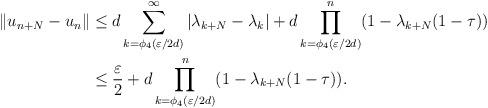
LaTeX: \begin{align*} \Vert u_{n+N}-u_n\Vert&\le d\sum_{k=\phi_4(\varepsilon/2d)}^\infty\vert\lambda_{k+N}-\lambda_k\vert+d\prod_{k=\phi_4(\varepsilon/2d)}^n(1-\lambda_{k+N}(1-\tau))\\ &\le\frac{\varepsilon}{2}+d\prod_{k=\phi_4(\varepsilon/2d)}^n(1-\lambda_{k+N}(1-\tau)). \end{align*}